Scottish Leaving Certificate Examination, 1958
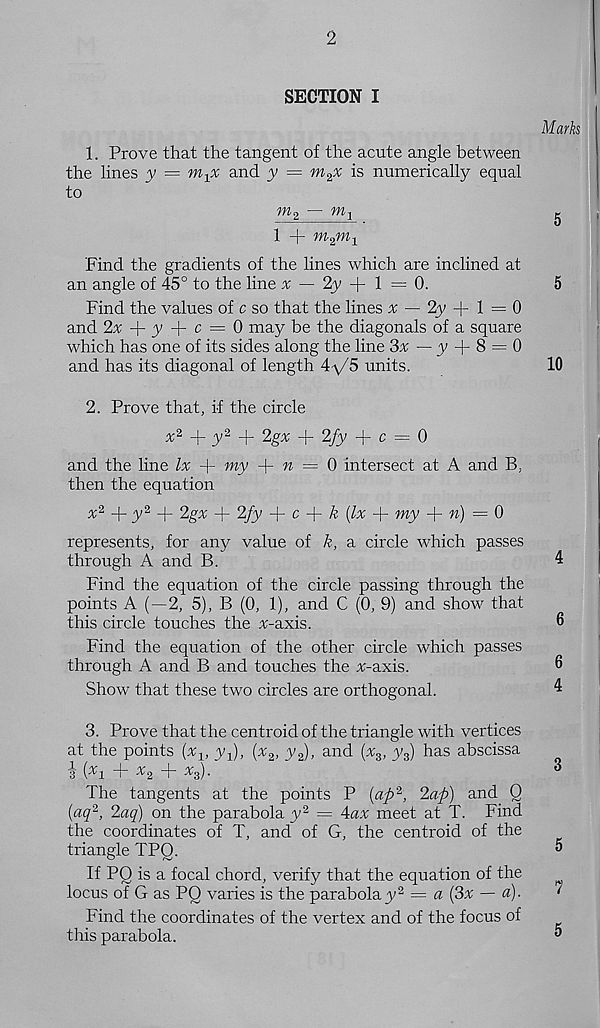
2
SECTION I
Marks
1. Prove that the tangent of the acute angle between
the lines y =
and y — m^x is numerically equal
to
^2 - m i
5
1 + m 2 m 1
Find the gradients of the lines which are inclined at
an angle of 45° to the line % — 2y + 1 = 0.
5
Find the values of c so that the lines ^ — 2y + 1 = 0
and 2% -f- y + c = 0 may be the diagonals of a square
which has one of its sides along the line 3;t — y + 8 = 0
and has its diagonal of length 4-1/5 units.
10
2. Prove that, if the circle
+ y 2 +
+ 2/y -p c = 0
and the line lx + my + « = 0 intersect at A and B ;
then the equation
x 2 -j- y 2 -j- 2gx + 2fy
c
k {lx
my + ») = 0
represents, for any value of k, a circle which passes
through A and B.
4
Find the equation of the circle passing through the
points A (—2, 5), B (0, 1), and C (0, 9) and show that
this circle touches the v-axis.
0
Find the equation of the other circle which passes
through A and B and touches the x-axis.
0
Show that these two circles are orthogonal.
4
3. Prove that the centroid of the triangle with vertices
at the points [x lt y x ), (x % , y 2 ), and (% 3 , y 3 ) has abscissa
i ( x i + *2 + %)•
3
The tangents at the points P (ap 2 , 2ap) and Q
[aq 2 , 2aq) on the parabola y 2 = Aax meet at T. Find
the coordinates of T, and of G, the centroid of the
triangle TPO.
®
If PO is a focal chord, verify that the equation of the
^
locus of G as PQ varies is the parabolay 2 = a (3xr — a).
Find the coordinates of the vertex and of the focus of
this parabola.
®